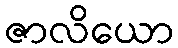
ဇာလိယော